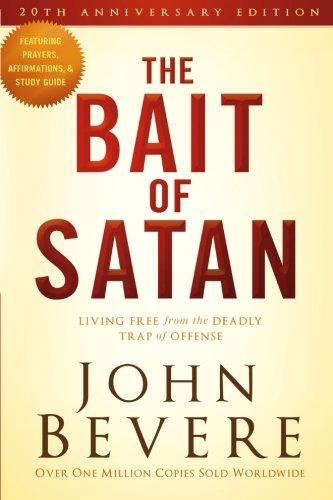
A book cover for The Bait of Satan, 20th Anniversary Edition: Living Free from the Deadly Trap of Offense; John Bevere; Christian Books & Bibles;